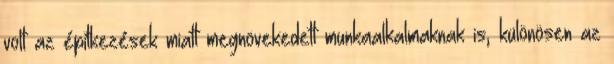
volt az építkezések miatt megnövekedett munkaalkalmaknak is, különösen az